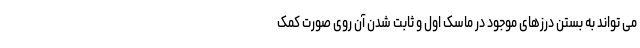
می تواند به بستن درزهای موجود در ماسک اول و ثابت شدن آن روی صورت کمک